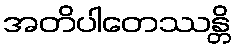
အတိပါတေဿန္တိ